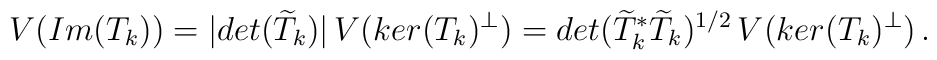
V(Im(T_k))=|det(\widetilde{T}_k)|\,V(ker(T_k)^{\perp})=det(\widetilde{T}_k^*\widetilde{T}_k)^{1/2}\,V(ker(T_k)^{\perp})\,.